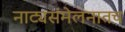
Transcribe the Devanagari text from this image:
नाट्यसंमेलनातच